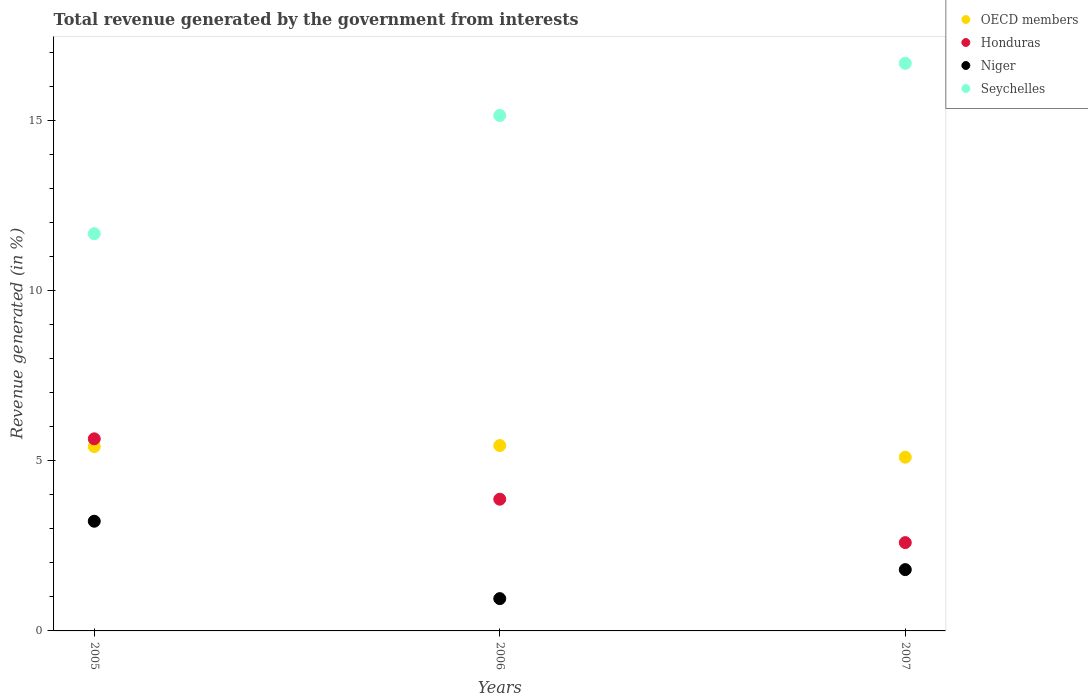
| Years | OECD members | Honduras | Niger | Seychelles |
 | --- | --- | --- | --- | --- |
 | 2005 | 5.42 | 5.64 | 3.22 | 11.7 |
 | 2006 | 5.45 | 3.87 | 0.949 | 15.1 |
 | 2007 | 5.1 | 2.6 | 1.8 | 16.7 |